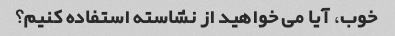
خوب، آیا می خواهید از نشاسته استفاده کنیم؟